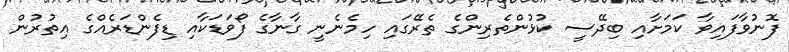
ފޮނުވާފައިވާ ކަމަށާއި ބިދޭސީ ކުޅުންތެރިންގެ ތެރޭގައި ހިމެނެނީ ގާނާގެ ފޯވަޑަކާއި ޑިފެންޑަރެއްގެ އިތުރުން